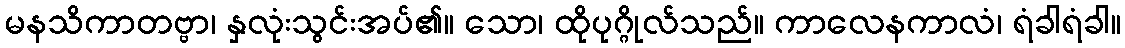
မနသိကာတဗ္ဗာ၊ နှလုံးသွင်းအပ်၏။ သော၊ ထိုပုဂ္ဂိုလ်သည်။ ကာလေနကာလံ၊ ရံခါရံခါ။